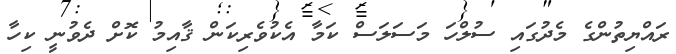
ރައްޔިތުންގެ މެދުގައި ސުލްހަ މަސަލަސް ކަމާ އެކުވެރިކަން ޤާއިމު ކޮށް ދެވުނީ ކިހާ